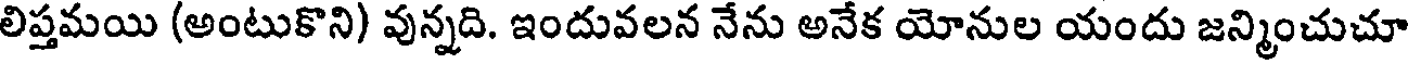
లిప్తమయి (అంటుకొని) వున్నది. ఇందువలన నేను అనేక యోనుల యందు జన్మించుచూ